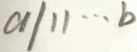
a / 1 1 \cdots b